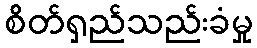
စိတ်ရှည်သည်းခံမှု